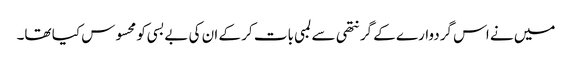
میں نے اس گردوارے کے گرنتھی سے لمبی بات کر کے ان کی بےبسی کو محسوس کیا تھا۔